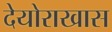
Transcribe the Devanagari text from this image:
देयोराखास